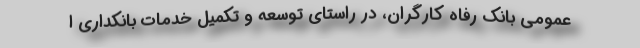
عمومی بانک رفاه کارگران، در راستای توسعه و تکمیل خدمات بانکداری ا